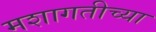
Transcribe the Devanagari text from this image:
मशागतीच्या